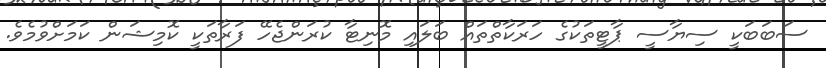
ސަބަބަކީ ސިޔާސީ ޕާޓީތަކުގެ ހަރަކާތްތައް ބަލައި މޮނިޓާ ކުރަންޖެހޭ ފަރާތަކީ ކޮމިޝަން ކަމަށްވުމެވެ.